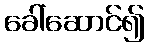
ခေါ်ဆောင်၍